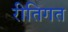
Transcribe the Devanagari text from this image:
रीतिगत